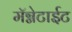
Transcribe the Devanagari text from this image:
मॅग्नेटाईट